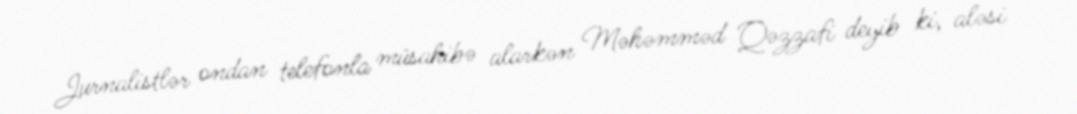
Jurnalistlər ondan telefonla müsahibə alarkən Məhəmməd Qəzzafi deyib ki, aləsi